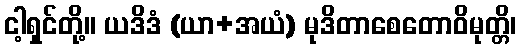
ငါ့ရှင်တို့။ ယဒိဒံ (ယာ+အယံ) မုဒိတာစေတောဝိမုတ္တိ၊